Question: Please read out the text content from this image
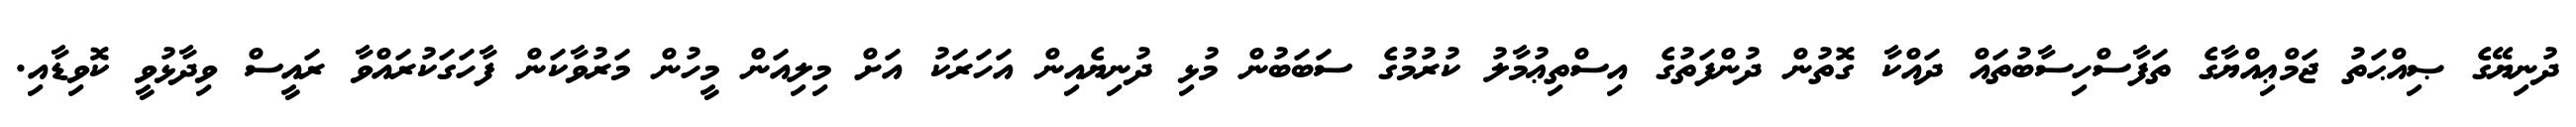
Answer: ދުނިޔޭގެ ޞިއްޙަތު ޖަމްޢިއްޔާގެ ތަފާސްހިސާބުތައް ދައްކާ ގޮތުން ދުންފަތުގެ އިސްތިޢުމާލު ކުރުމުގެ ސަބަބުން މުޅި ދުނިޔެއިން އަހަރަކު އަށް މިލިއަން މީހުން މަރުވާކަން ފާހަގަކުރައްވާ ރައީސް ވިދާޅުވީ ކޮވިޑާއި.